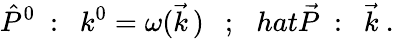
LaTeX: \hat{P}^{0}\ :\ \ k^{0}=\omega(\vec{k}\, )\ \ \ ;\ \ \, hat{\vec{P}}\ :\ \ \vec{k}\ .